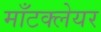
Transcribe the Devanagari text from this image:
माँटक्लेयर